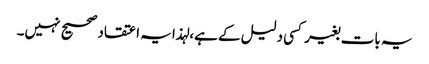
یہ بات بغیر کسی دلیل کے ہے،لہذا یہ اعتقاد صحیح نہیں۔